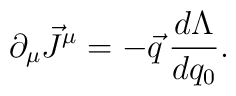
\partial_\mu \vec{J}^\mu = - \vec{q} \, \frac{d \Lambda}{d q_0} .